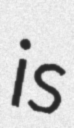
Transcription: is